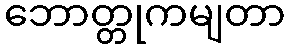
ဘောတ္တုကမျတာ